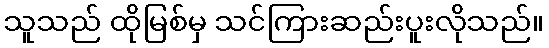
သူသည် ထိုမြစ်မှ သင်ကြားဆည်းပူးလိုသည်။